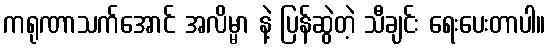
ကရုဏာသက်အောင် အလိမ္မာ နဲ့ ပြန်ဆွဲတဲ့ သီချင်း ရေးပေးတာပါ။